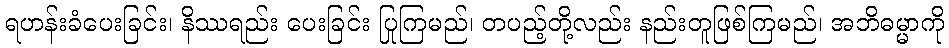
ရဟန်းခံပေးခြင်း၊ နိဿရည်း ပေးခြင်း ပြုကြမည်၊ တပည့်တို့လည်း နည်းတူဖြစ်ကြမည်၊ အဘိဓမ္မာကို